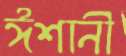
ঈশানী